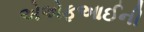
એએફઆઈની